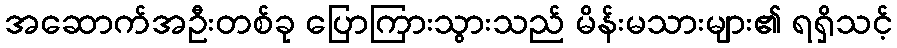
အဆောက်အဦးတစ်ခု ပြောကြားသွားသည် မိန်းမသားများ၏ ရရှိသင့်